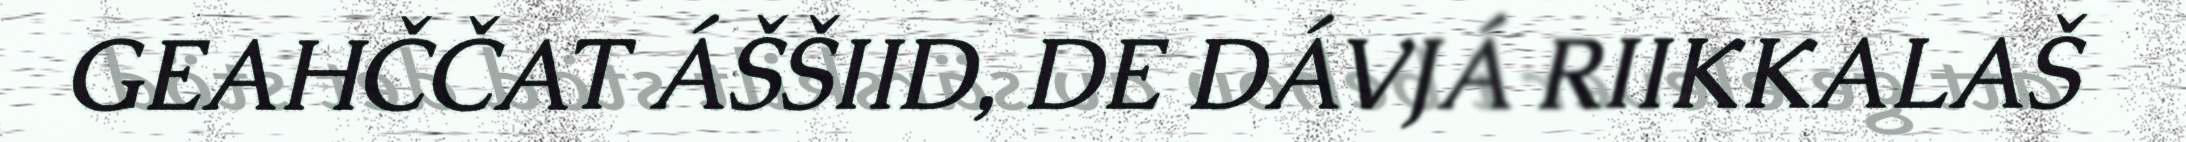
GEAHČČAT ÁŠŠIID, DE DÁVJÁ RIIKKALAŠ